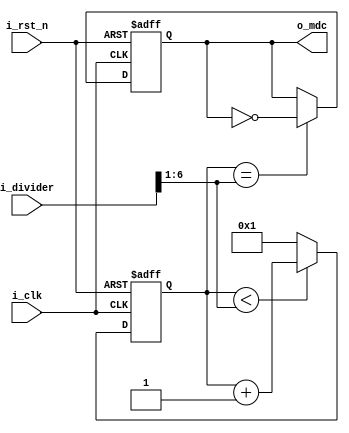
/*************************************************************
File name   :mii_mdc.v
Function    :generate the clock signal for MDC
Author      :tongqing
Version     :V1.0
**************************************************************/	
module mii_mdc
(input wire i_clk,
 input wire i_rst_n,
 input [6:0] i_divider,
 //input wire i_mdc_en,
 output reg o_mdc
);

reg [5:0] count;
wire [6:0] count_resetNum;
/********************************
set the reset value of  counter
********************************/
assign count_resetNum = (i_divider>>1);

always @ (posedge i_clk,negedge i_rst_n)
begin
    if (!i_rst_n)
    begin
        count <= 6'h1; 
    end
    else if(count < count_resetNum)
    begin
        count <= count + 1'b1;
    end
    else 
    begin
        count <= 6'h1;
    end
end
/***********************************************
generate the MDC according to the count_resetNum
************************************************/
always @ (posedge i_clk,negedge i_rst_n)
begin
    if (!i_rst_n)
    begin
        o_mdc <= 1'b0;
    end
    else if (count == count_resetNum)
    begin
        o_mdc <= ~o_mdc;
    end
end

endmodule